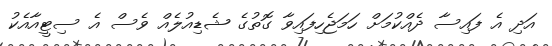
އަދި އެ ފައިސާ ދެއްކުމަށް ހަމަޖެހިފައިވާ ގޮތުގެ ޝެޑިއުލެއް ވެސް އެ ސިޓީއާއެކު